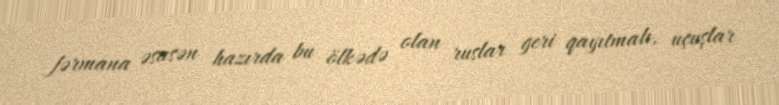
fərmana əsasən hazırda bu ölkədə olan ruslar geri qayıtmalı, uçuşlar